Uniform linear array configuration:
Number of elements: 4
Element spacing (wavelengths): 0.75
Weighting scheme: hann
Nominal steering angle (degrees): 45
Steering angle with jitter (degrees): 44.453
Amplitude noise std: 0.05
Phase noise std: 0.05

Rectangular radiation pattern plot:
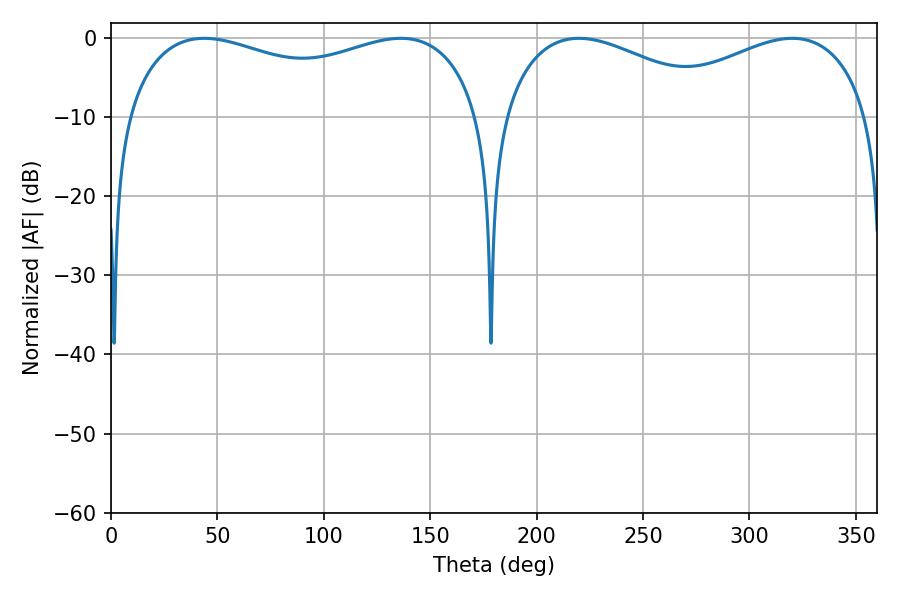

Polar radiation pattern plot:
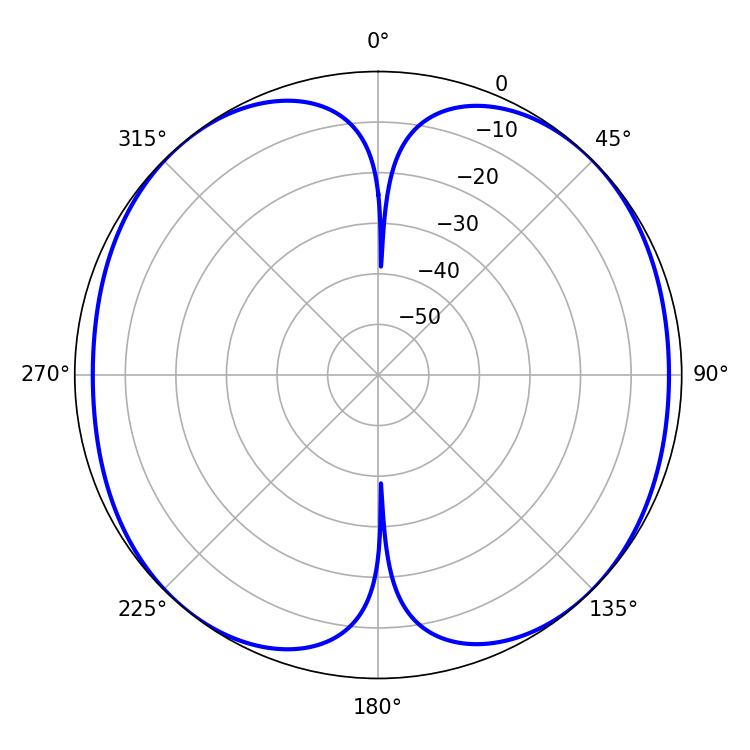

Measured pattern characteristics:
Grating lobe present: TRUE
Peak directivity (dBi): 12.741
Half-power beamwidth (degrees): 137.88
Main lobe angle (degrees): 43.74